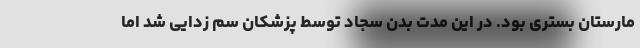
مارستان بستری بود. در این مدت بدن سجاد توسط پزشکان سم زدایی شد اما